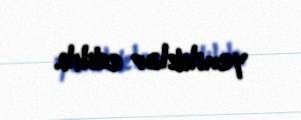
yeniliklər edilib.